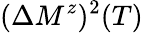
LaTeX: (\Delta M^{z})^{2}(T)